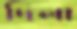
দিলা